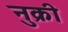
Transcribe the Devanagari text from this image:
नुक्री